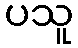
ပသူ